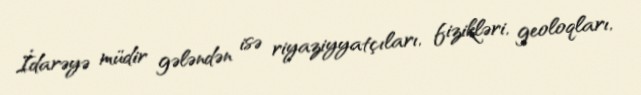
İdarəyə müdir gələndən isə riyaziyyatçıları, fizikləri, geoloqları,